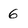
Character: 6